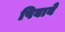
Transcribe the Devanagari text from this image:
पिवावे